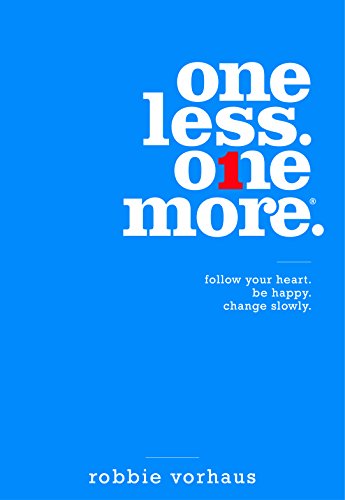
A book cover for One Less. One More. Follow Your Heart. Be Happy. Change Slowly.; Robbie Vorhaus; Business & Money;